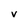
Character: v